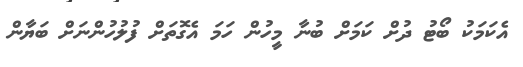
އެކަމަކު ބޯޓު ދުށް ކަމަށް ބުނާ މީހުން ހަމަ އެގޮތަށް ފުލުހުންނަށް ބަޔާން